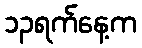
၁၃ရက်နေ့က